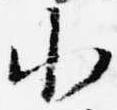
小